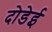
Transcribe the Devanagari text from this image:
दोडेई